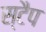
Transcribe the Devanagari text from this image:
स्टैप